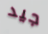
جيد